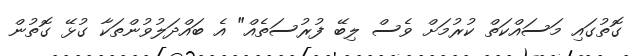
ގޮތުގައި މަސައްކަތް ކުރުމަށް ވެސް ލިބޭ ފުރުސަތެއް" އެ ބައްދަލުވުންތަކާ ގުޅޭ ގޮތުން